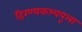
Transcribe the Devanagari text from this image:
हिरण्यकश्यपूला